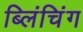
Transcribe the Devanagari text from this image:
ब्लिंचिंग